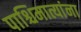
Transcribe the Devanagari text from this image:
पाश्चिमात्यांना